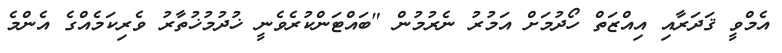
އެމްވީ ޤަދަރާއި އިއްޒަތް ހޯދުމަށް އަމުރު ނެރުމުން "ބައްޓަންކުރެވެނީ ޚުދުމުޚުތާރު ވެރިކަމެއްގެ އެންމެ